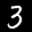
Label: 3